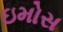
ઇમોસ